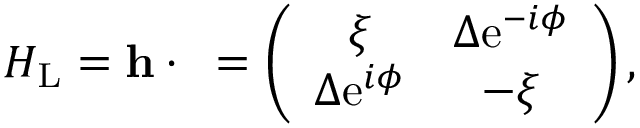
\begin{array} { r } { H _ { \mathrm { L } } = { \bf h } \cdot { \bf \sigma } = \left( \begin{array} { c c } { \xi } & { \Delta \mathrm { e } ^ { - i \phi } } \\ { \Delta \mathrm { e } ^ { i \phi } } & { - \xi } \end{array} \right) , } \end{array}